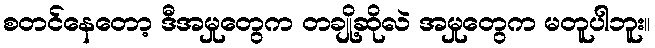
စတင်နေတော့ ဒီအမှုတွေက တချို့ဆိုလဲ အမှုတွေက မတူပါဘူး။